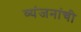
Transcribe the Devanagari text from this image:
व्यंजनांची